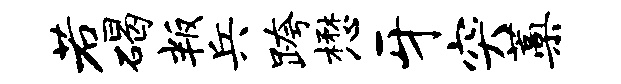
若碣叛兵跨懋牙突蒿